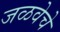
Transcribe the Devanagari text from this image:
जळवेचे